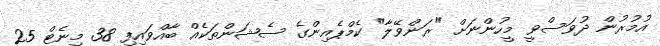
އުމުރުން ދުވަސްވީ މީހުންނަށް "ރަންވޭލާ" ކެމްޕެއިންގެ ސެޝަންތަކެއް ބާއްވައިފި 38 މިނެޓް 25